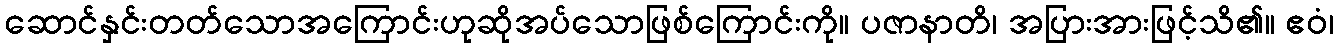
ဆောင်နှင်းတတ်သောအကြောင်းဟုဆိုအပ်သောဖြစ်ကြောင်းကို။ ပဇာနာတိ၊ အပြားအားဖြင့်သိ၏။ ဧဝံ၊